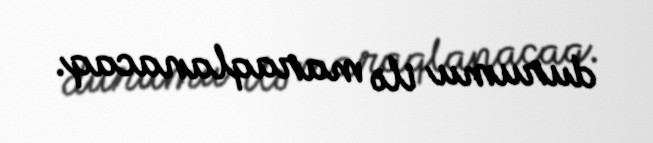
durumu ilə maraqlanacaq.